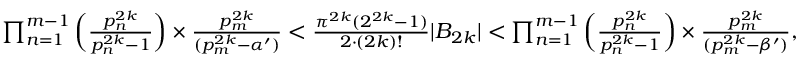
\begin{array} { r } { \prod _ { n = 1 } ^ { m - 1 } \left( \frac { p _ { n } ^ { 2 k } } { p _ { n } ^ { 2 k } - 1 } \right) \times \frac { p _ { m } ^ { 2 k } } { ( p _ { m } ^ { 2 k } - \alpha ^ { \prime } ) } < \frac { \pi ^ { 2 k } ( 2 ^ { 2 k } - 1 ) } { 2 \cdot ( 2 k ) ! } \vert B _ { 2 k } \vert < \prod _ { n = 1 } ^ { m - 1 } \left( \frac { p _ { n } ^ { 2 k } } { p _ { n } ^ { 2 k } - 1 } \right) \times \frac { p _ { m } ^ { 2 k } } { ( p _ { m } ^ { 2 k } - \beta ^ { \prime } ) } , } \end{array}